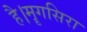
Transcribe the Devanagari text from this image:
है।मॄगसिरा